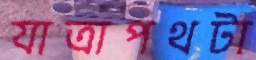
যাত্রাপথটা